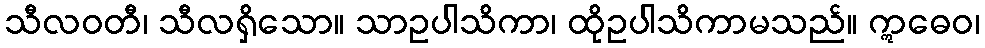
သီလဝတီ၊ သီလရှိသော။ သာဥပါသိကာ၊ ထိုဥပါသိကာမသည်။ ဣဓေဝ၊